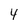
Character: 4